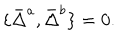
\{ \bar { \Delta } ^ { a } , \bar { \Delta } ^ { b } \} = 0 .